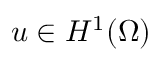
u \in H ^ { 1 } ( \Omega )